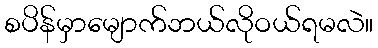
စပိန်မှာမျောက်ဘယ်လိုဝယ်ရမလဲ။